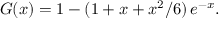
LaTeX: G ( x ) = 1 - ( 1 + x + x ^ { 2 } / 6 ) \, e ^ { - x } .